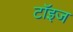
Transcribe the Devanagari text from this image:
टॉइज